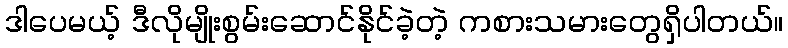
ဒါပေမယ့် ဒီလိုမျိုးစွမ်းဆောင်နိုင်ခဲ့တဲ့ ကစားသမားတွေရှိပါတယ်။